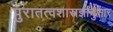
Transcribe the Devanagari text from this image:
पुरातत्वशास्त्रज्ञांनुसार